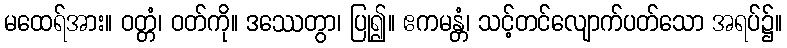
မထေရ်အား။ ဝတ္တံ၊ ဝတ်ကို။ ဒဿေတွာ၊ ပြု၍။ ဧကမန္တံ၊ သင့်တင်လျောက်ပတ်သော အရပ်၌။